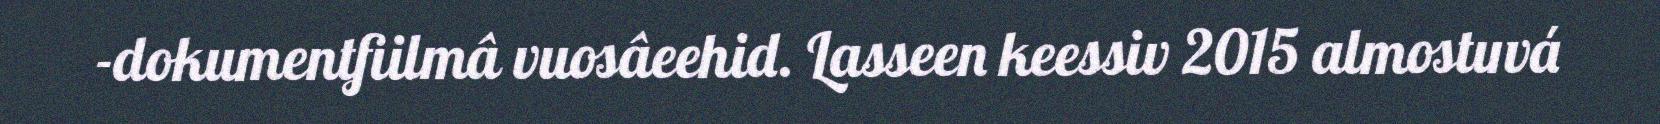
-dokumentfiilmâ vuosâeehid. Lasseen keessiv 2015 almostuvá